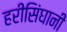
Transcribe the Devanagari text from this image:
हरीसिंघानी